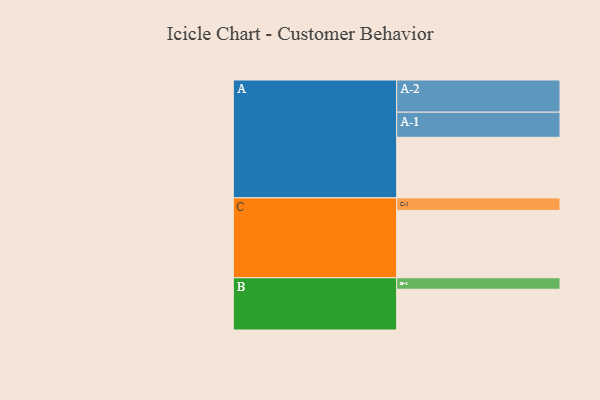
{"axis": {"x": "Segment", "y": "Value"}, "legend": ["", "A", "B", "C"], "data": [{"x": "A", "y": 507, "type": ""}, {"x": "B", "y": 341, "type": ""}, {"x": "C", "y": 564, "type": ""}, {"x": "A-1", "y": 210, "type": "A"}, {"x": "A-2", "y": 269, "type": "A"}, {"x": "B-1", "y": 96, "type": "B"}, {"x": "C-1", "y": 104, "type": "C"}]}